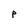
Character: P